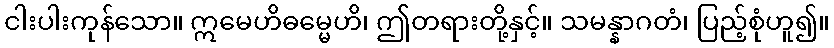
ငါးပါးကုန်သော။ ဣမေဟိဓမ္မေဟိ၊ ဤတရားတို့နှင့်။ သမန္နာဂတံ၊ ပြည့်စုံဟူ၍။